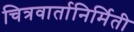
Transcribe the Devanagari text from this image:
चित्रवार्तानिर्मिती